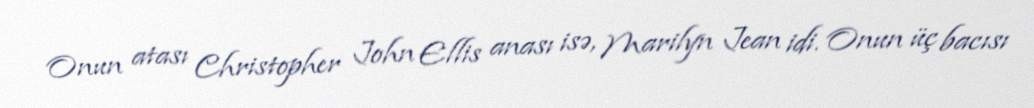
Onun atası Christopher John Ellis anası isə, Marilyn Jean idi. Onun üç bacısı